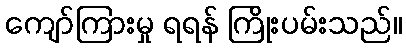
ကျော်ကြားမှု ရရန် ကြိုးပမ်းသည်။